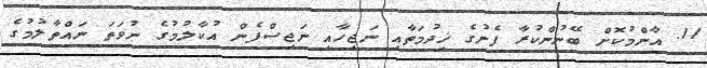
11. އާންމުކޮށް ބޭނުންކުރާ ފެނުގެ ޚިދުމަތާއި ނަޖިހާއި ނަޖިސްފެން އުކާލުމުގެ ނުވަތަ ނައްތާލުމުގެ